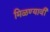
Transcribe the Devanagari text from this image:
मिळण्यावी